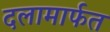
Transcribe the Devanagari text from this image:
दलामार्फत